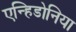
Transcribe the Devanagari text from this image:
एन्हिडोनिया